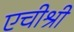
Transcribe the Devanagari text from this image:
एचीश्री